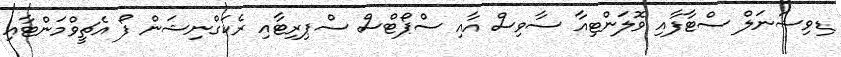
ޑިވިޝަނަލް ސްޓާފާއި ވޮލަންޓިއާ ސާވިސް އާއި ސްޕޯޓްސް ސްޕިރިޓާއި ރެކަގްނިޝަން ފޯ އެޗީވްމަންޓާއި